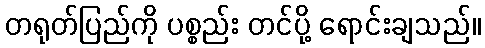
တရုတ်ပြည်ကို ပစ္စည်း တင်ပို့ ရောင်းချသည်။